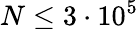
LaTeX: N\leq 3\cdot 10^{5}